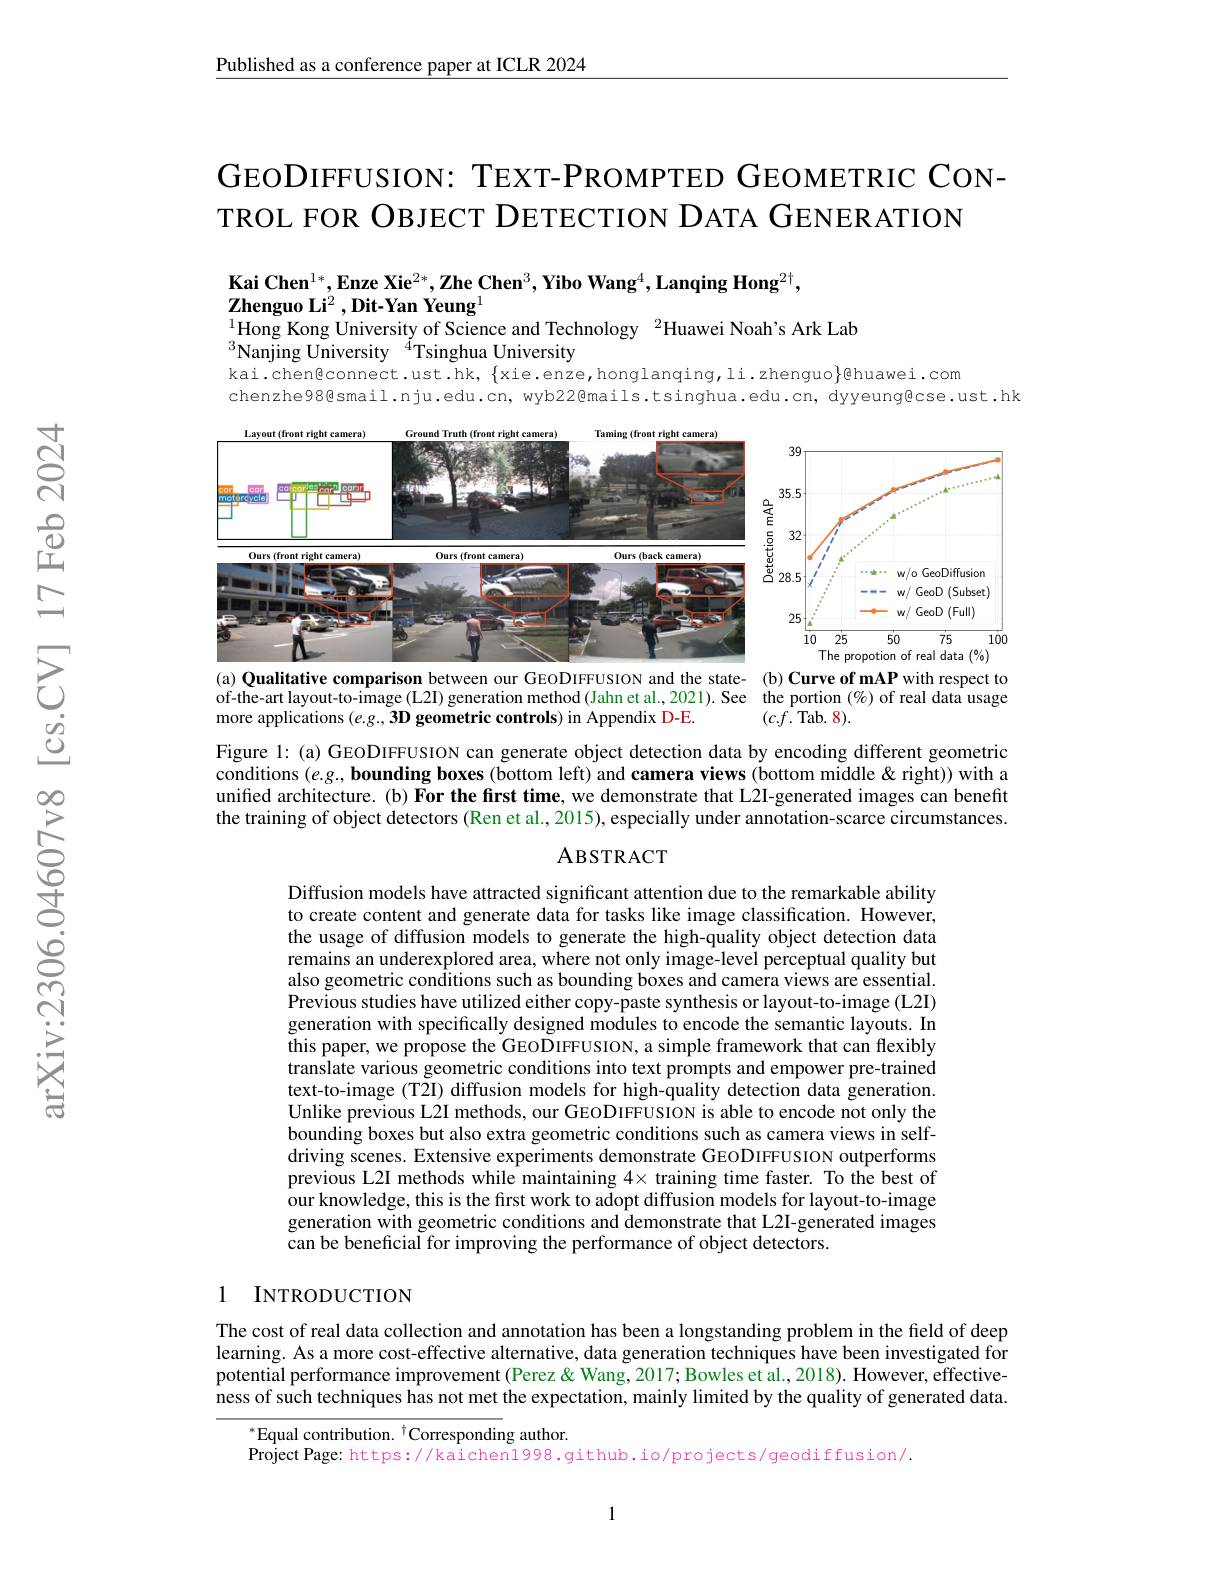
Published as a conference paper at ICLR 2024

## GEODIFFUSION: TEXT-PROMPTED GEOMETRIC CONTROL FOR OBJECT DETECTION DATA GENERATION

$\mathbf{Kai~Chen}^{1*},\mathbf{Enze~Xie}^{2*},\mathbf{Zhe~Chen}^{3},\mathbf{Yibo~Wang}^{4},\mathbf{Lanqing~Hong}^{2\dagger}$,

$\mathbf{ZhenguoLi}^{2},\mathbf{Dit-YanYeung}^{1}$

$^{1}$Hong Kong University of Science and Technology $^{2}$Huawei Noah's Ark Lab

$^{3}$Nanjing University$^{4}$Tsinghua University
kai.chen@connect.ust.hk, $\{$xie.enze,honglanqing,li.zhenguo$\}$@huawei.com
chenzhe98@smail.nju.edu.cn, wyb22@mails.tsinghua.edu.cn, dyyeung@cse.ust.hk

<FigureHere>

<FigureHere>
(a) Qualitative comparison between our GEODIFFUSION and the state- (b) Curve of mAP with respect to

of-the-art layout-to-image (L2I) generation method (Jahn et al., 2021). See the portion (%) of real data usage
$(c.f.$Tab. 8).

more applications $( e. g. , 3D\textbf{ geometric controls})$ in Appendix D-E.

Figure l: (a) GEODIFFUSION can generate object detection data by encoding different geometric conditions $( e. g. , \textbf{bounding boxes ( bottom left) and camera views( bottom middle < right) ) with a}$ unified architecture. (b) For the first time, we demonstrate that L2I-generated images can benefit the training of object detectors (Ren et al., 2015), especially under annotation-scarce circumstances.

### ABSTRACT

Diffusion models have attracted significant attention due to the remarkable ability to create content and generate data for tasks like image classification. However, the usage of diffusion models to generate the high-quality object detection data remains an underexplored area, where not only image-level perceptual quality but also geometric conditions such as bounding boxes and camera views are essential. Previous studies have utilized either copy-paste synthesis or layout-to-image (L2I) generation with specifically designed modules to encode the semantic layouts. In this paper, we propose the GEODIFFUSION, a simple framework that can flexibly translate various geometric conditions into text prompts and empower pre-trained text-to-image (T2I) diffusion models for high-quality detection data generation. Unlike previous L2I methods, our GEODIFFUSION is able to encode not only the bounding boxes but also extra geometric conditions such as camera views in selfdriving scenes. Extensive experiments demonstrate GEODIFFUSION outperforms previous L2I methods while maintaining $4\times$ training time faster. To the best of our knowledge, this is the first work to adopt diffusion models for layout-to-image generation with geometric conditions and demonstrate that L2I-generated images can be beneficial for improving the performance of object detectors.

### 1 INTRODUCTION

The cost of real data collection and annotation has been a longstanding problem in the field of deep learning. As a more cost-effective alternative, data generation techniques have been investigated for potential performance improvement (Perez& Wang, 2017; Bowles et al., 2018). However, effectiveness of such techniques has not met the expectation, mainly limited by the quality of generated data.

$^{*}$Equal contribution.$^\dagger$Corresponding author.
Project Page: https://kaichen1998.github.io/projects/geodiffusion/.